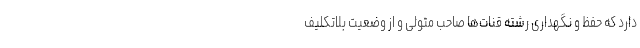
دارد که حفظ و نگهداری رشته‌ قنات‌ها صاحب متولی و از وضعیت بلاتکلیف